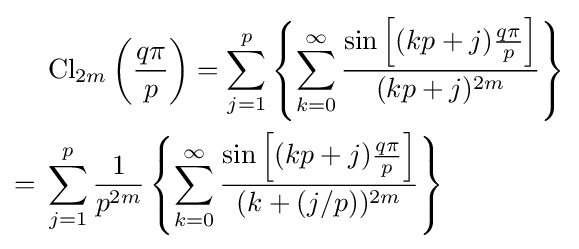
{\begin{aligned}&\operatorname {Cl} _{2m}\left({\frac {q\pi }{p}}\right)=\sum _{j=1}^{p}\left\{\sum _{k=0}^{\infty }{\frac {\sin \left[(kp+j){\frac {q\pi }{p}}\right]}{(kp+j)^{2m}}}\right\}\\={}&\sum _{j=1}^{p}{\frac {1}{p^{2m}}}\left\{\sum _{k=0}^{\infty }{\frac {\sin \left[(kp+j){\frac {q\pi }{p}}\right]}{(k+(j/p))^{2m}}}\right\}\end{aligned}}